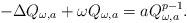
\begin{align*}-\Delta Q_{\omega,a} + \omega Q_{\omega,a} = a Q_{\omega,a}^{p-1}.\end{align*}